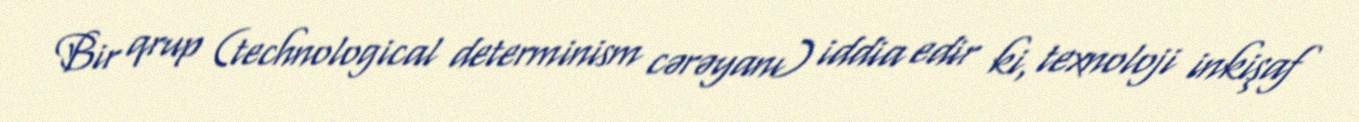
Bir qrup (technological determinism cərəyanı) iddia edir ki, texnoloji inkişaf